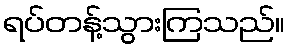
ရပ်တန့်သွားကြသည်။